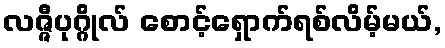
လဇ္ဇီပုဂ္ဂိုလ် စောင့်ရှောက်ရစ်လိမ့်မယ်,